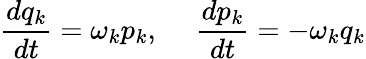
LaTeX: \frac{dq_{k}}{dt}=\omega_{k}p_{k},~~~~~\frac{dp_{k}}{dt}=-\omega_{k}q_{k}